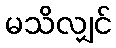
မသိလျှင်